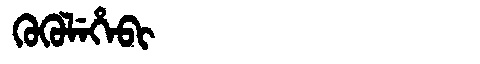
Manchu: ᡴᡠᡴᡠᠯᡝᡥᡝᠪᡳ
Romanization: KUKULEHEBI